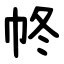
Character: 㠽